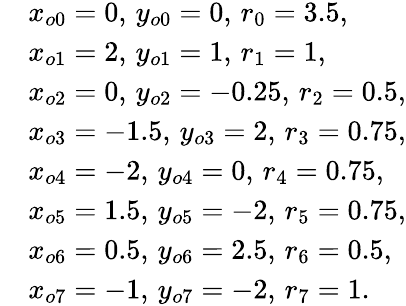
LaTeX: \begin{array}{rl}&{x_{o0}=0,\, y_{o0}=0,\, r_{0}=3.5,}\\ &{x_{o1}=2,\, y_{o1}=1,\, r_{1}=1,}\\ &{x_{o2}=0,\, y_{o2}=-0.25,\, r_{2}=0.5,}\\ &{x_{o3}=-1.5,\, y_{o3}=2,\, r_{3}=0.75,}\\ &{x_{o4}=-2,\, y_{o4}=0,\, r_{4}=0.75,}\\ &{x_{o5}=1.5,\, y_{o5}=-2,\, r_{5}=0.75,}\\ &{x_{o6}=0.5,\, y_{o6}=2.5,\, r_{6}=0.5,}\\ &{x_{o7}=-1,\, y_{o7}=-2,\, r_{7}=1.}\end{array}